Indian Medical Review
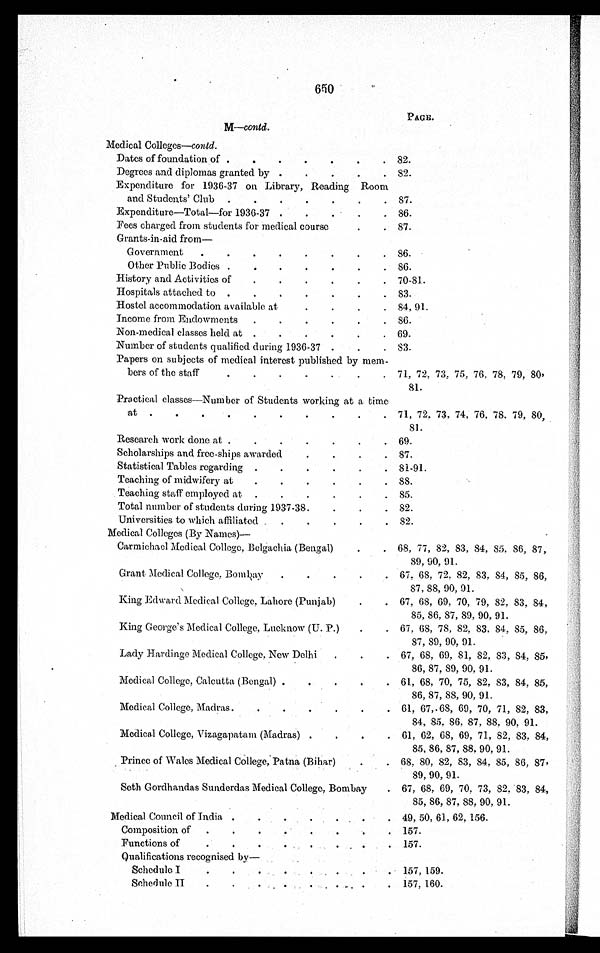
650
M—contd.
PAGE.
Medical Colleges—contd.
Dates of foundation of .
.
.
.
.
. . 82.
Degrees and diplomas granted by .
.
.
.
. 82.
Expenditure for 1936-37 on Library, Reading Room
and Students' Club .
.
.
.
.
.
. 87.
Expenditure—Total—for 1936-37 .
.
. . . 86.
Fees charged from students for medical course
.
. 87.
Grants-in-aid from
—
Government
.
.
.
.
.
. . . 86.
Other Public Bodies .
.
.
.
.
.
. 86.
History and Activities of
..
.
. . . 70-81..
Hospitals attached to .
.
.
.
.
.
. 83.
Hostel accommodation available at
.
.
.
. 84, 91.
Income from Endowments
.
.
.
.
.
. 86.
Non-medical classes held at .
.
.
.
.
. 69.
Number of students qualified during 1936-37 .
.
. 83.
Papers on subjects of medical interest published by mem-
bers of the staff
.
.
.
.
.
.
. 71, 72, 73, 75, 76, 78, 79, 80,
81.
Practical classes—Number of Students working at a time
at .
.
.
.
.
.
.
.
.
. 71, 72, 73, 74, 76, 78, 79, 80,
81.
Research work done at .
.
.
.
.
.
. 69.
Scholarships and free-ships awarded.
.
.
.
. 87.
Statistical Tables regarding .
.
.
.
.
. 81-91.
Teaching of midwifery at
.
.
.
.
.
. 88.
Teaching staff employed at .
.
.
.
.
. 85.
Total number of students during 1937-38.
.
.
. 82.
Universities to which affiliated .
.
.
.
.
. 82.
Medical Colleges (By Names)
—
Carmichael Medical College, Belgachia (Bengal)
.
. 68, 77, 82, 83, 84, 85, 86, 87,
89, 90, 91.
Grant Medical College, Bombay
.
.
.
.
. 67, 68, 72, 82, 83, 84, 85, 86,
87, 88, 90, 91.
King Edward Medical College. Lahore (Punjab)
.
. 67, 68, 69, 70, 79, 82, 83, 84,
85, 86, 87, 89, 90, 91.
King George's Medical College, Lucknow (U. P.)
.
. 67, 68, 78, 82, 83, 84, 85, 86,
87, 89, 90, 91.
Lady Hardinge Medical Collage, New Delhi
.
.
. 67, 68, 69, 81, 82, 83, 84, 85,
86, 87, 88, 89, 90, 91.
Medical College, Calcutta (Bengal) .
.
.
.
. 61, 68, 70, 75, 82, 83, 84, 85,
86, 87, 88, 90, 91.
Medical College, Madras.
. . . . . .
61, 67,. 68, 69, 70, 71, 82, 83,
84, 85, 86, 87, 88, 90, 91.
Medical College, Vizagapatam (Madras) .
. . . 61, 62, 68, 69, 71, 82, 83, 84,
85, 86, 87, 88, 90, 91.
Prince of Wales Medical College, Patna (Bihar)
.
. 68, 80, 82, 83, 84, 85, 86, 87,
89, 90, 91.
Seth Gordhandas Sunderdas Medical College, Bombay
. 67, 68, 69, 70, 73, 82, 83, 84,
85, 86, 87, 88, 90, 91.
Medical Council of India .
.
.
.
.
.
. 49, 50, 61, 62, 156.
Composition of
.
.
.
.
.
.
. 157.
Functions of
.
.
.
.
.
. , .
. 157.
Qualifications recognised by
—
Schedule I
.
.
.
.
.
. . . . 157, 159.
Schedule II
.
. .
. . .
. . 157, 160.